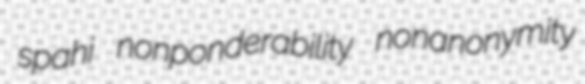
spahi nonponderability nonanonymity